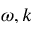
\omega , k